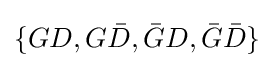
\{GD,G{\bar {D}},{\bar {G}}D,{\bar {G}}{\bar {D}}\}